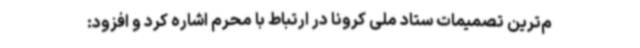
م‌ترین تصمیمات ستاد ملی کرونا در ارتباط با محرم اشاره کرد و افزود: